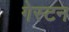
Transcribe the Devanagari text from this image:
गेस्टन